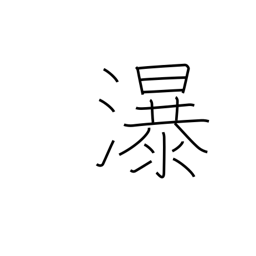
Meaning: waterfall